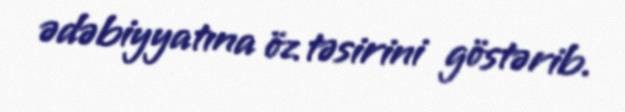
ədəbiyyatına öz təsirini göstərib.